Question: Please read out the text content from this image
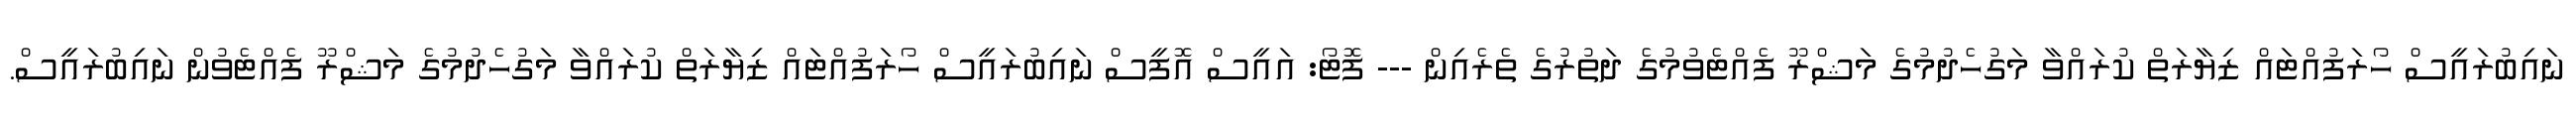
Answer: ނައިބުރައީސް ހޯރަފުއްޓައް ޒިޔާރަތް ކުރައްވާ މަގުހެދުމުގެ މަޝްރޫ ފެއްޓެވުމުގެ ދަތުރުގެ ތެރެއިން --- ފޮޓޯ: އައީސް އޮފީސް ނައިބުރައީސް ހޯރަފުއްޓައް ޒިޔާރަތް ކުރައްވާ މަގުހެދުމުގެ މަޝްރޫ ފެއްޓެވުން ނައިބުރައީސް.